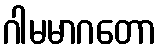
ဂါမမာဂတော